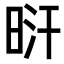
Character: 𣆙